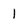
Character: 1